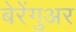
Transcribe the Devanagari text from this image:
बेरेंगुअर